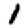
Digit: 1